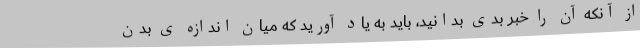
از آنکه آن را خبر بدی بدانید، باید به یاد آورید که میان اندازه ی بدن